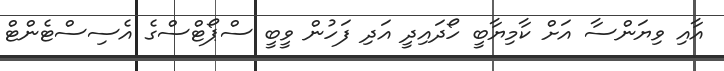
އާއި ވިޔަންސާ އަށް ކާމިޔާބީ ހޯދައިދީ އަދި ފަހުން ވީބީ ސްޕޯޓްސްގެ އެސިސްޓެންޓް